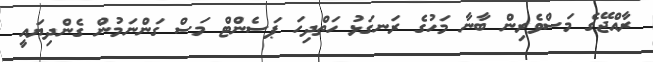
ރާއްޖޭގެ މަސްވެރިން ބާނާ މަހުގެ ރަނގަޅު ހަތްދިހަ ޕަސެންޓް މަސް ގަންނަމުން ގެންދިޔައީ